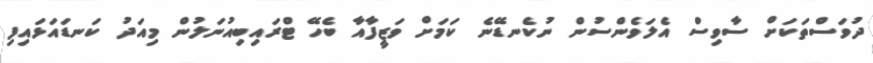
ދުވަސްތަކަށް ސާވިސް އެލަވެންސުން ނުކެނޑޭނެ ކަމަށް ވަޒީފާއާ ބެހޭ ޓްރައިބިއުނަލުން މިއަދު ކަނޑައަޅައިފި